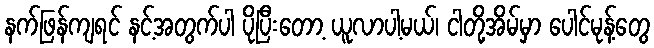
နက်ဖြန်ကျရင် နင့်အတွက်ပါ ပိုပြီးတော့ ယူလာပါ့မယ်၊ ငါတို့အိမ်မှာ ပေါင်မုန့်တွေ